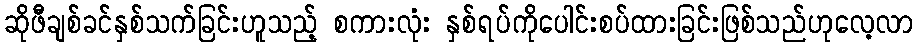
ဆိုဖီချစ်ခင်နှစ်သက်ခြင်းဟူသည့် စကားလုံး နှစ်ရပ်ကိုပေါင်းစပ်ထားခြင်းဖြစ်သည်ဟုလေ့လာ